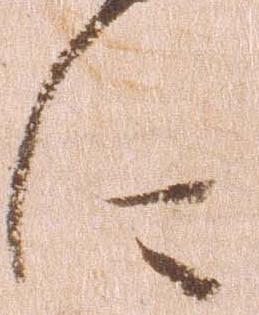
に